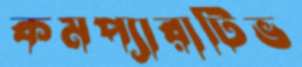
কমপ্যারাটিভ